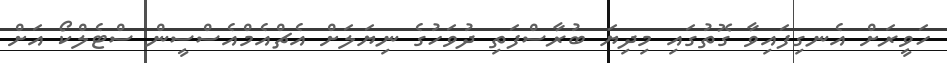
ހަވީރަށް އެނގިފައިވާ ގޮތުގައި މިދިޔަ ބުރާސްފަތި ދުވަހުގެ ނިޔަލަށް އެޗްއެމްއެސްސީން ސްޓެލްކޯ އަށް